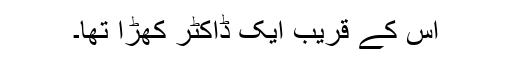
اس کے قریب ایک ڈاکٹر کھڑا تھا۔